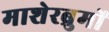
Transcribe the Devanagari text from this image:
माशेरब्रुमों